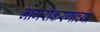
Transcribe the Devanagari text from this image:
नागरीकरणाच्या